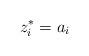
LaTeX: \begin{align*}z_i^* = a_i\end{align*}